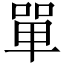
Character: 單